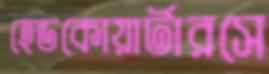
হেডকোয়ার্টারসে